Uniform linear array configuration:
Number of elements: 8
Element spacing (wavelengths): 1
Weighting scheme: exponential
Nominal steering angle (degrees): -15
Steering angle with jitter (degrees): -16.105
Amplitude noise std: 0.05
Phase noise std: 0.05

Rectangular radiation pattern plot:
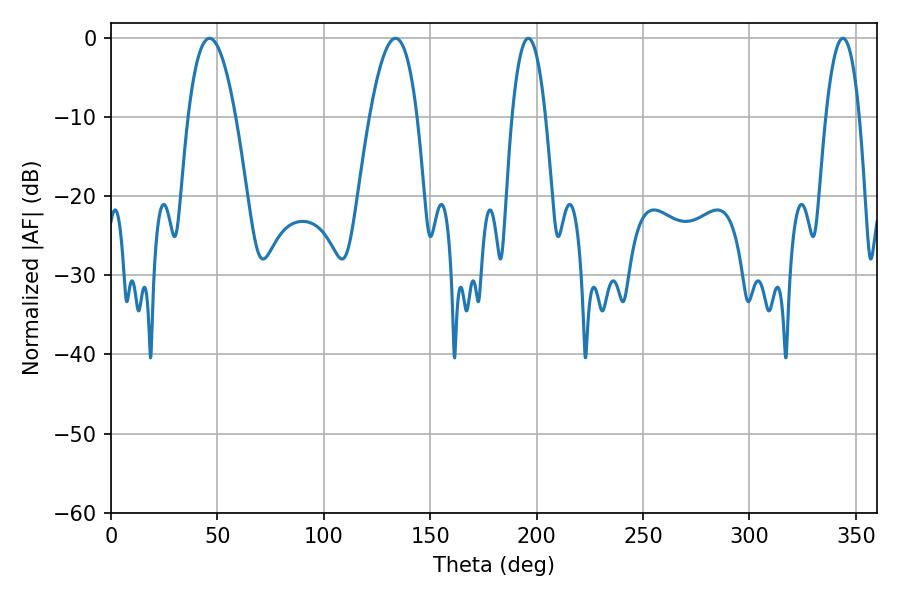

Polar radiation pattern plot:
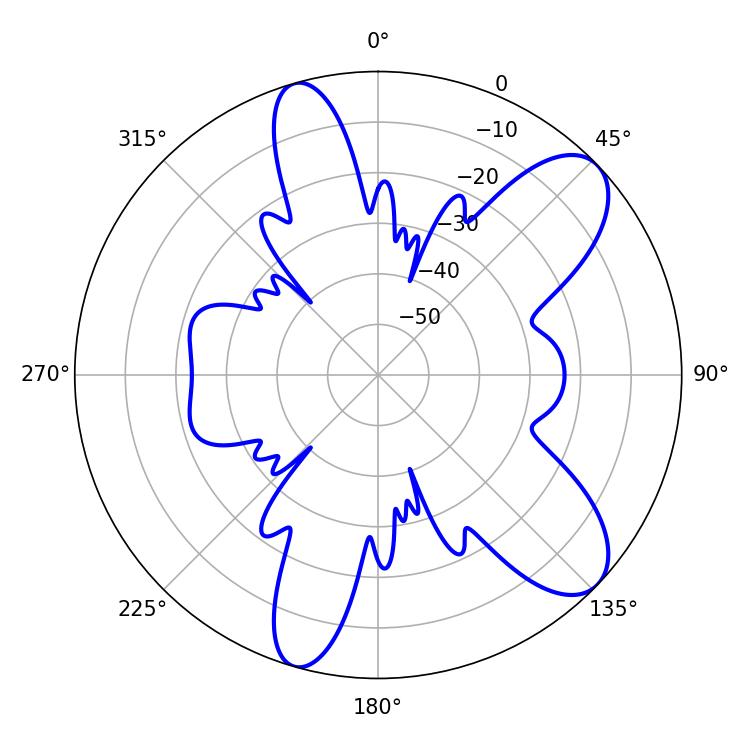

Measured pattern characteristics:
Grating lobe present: TRUE
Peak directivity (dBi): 9.172
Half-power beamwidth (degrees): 12.24
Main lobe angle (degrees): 46.26